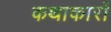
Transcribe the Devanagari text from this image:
कथाकारों